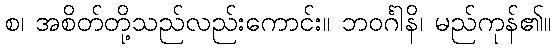
စ၊ အစိတ်တို့သည်လည်းကောင်း။ ဘဝင်္ဂါနိ၊ မည်ကုန်၏။